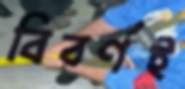
বিবর্ণই